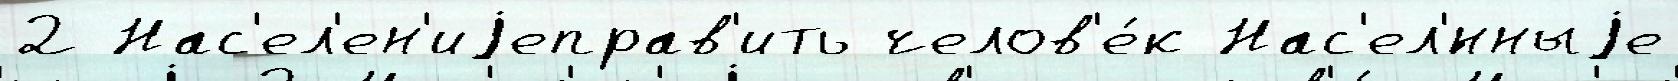
2 Нас'ел'ен'иjеправ'ить челов'е́к Нас'ел'́нныjе